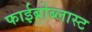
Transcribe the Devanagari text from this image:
फाईब्रोब्लास्ट